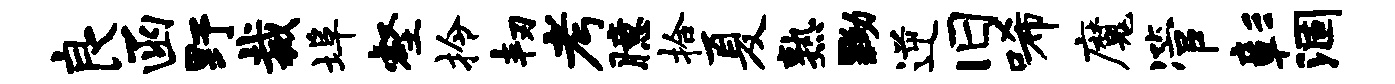
良函野裁埠壑拎韧考臆拾夏熟黝逆旧唏魔管彰涸